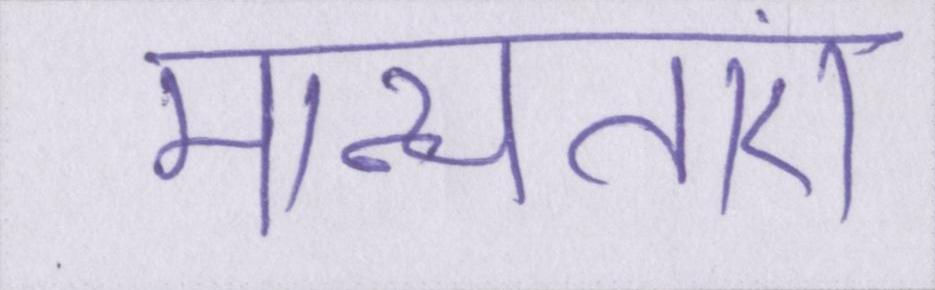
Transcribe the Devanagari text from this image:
मान्यताएं